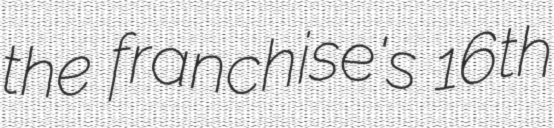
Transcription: the franchise's 16th